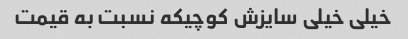
خیلی خیلی سایزش کوچیکه نسبت به قیمت